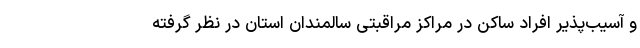
و آسیب‌پذیر افراد ساکن در مراکز مراقبتی سالمندان استان در نظر گرفته